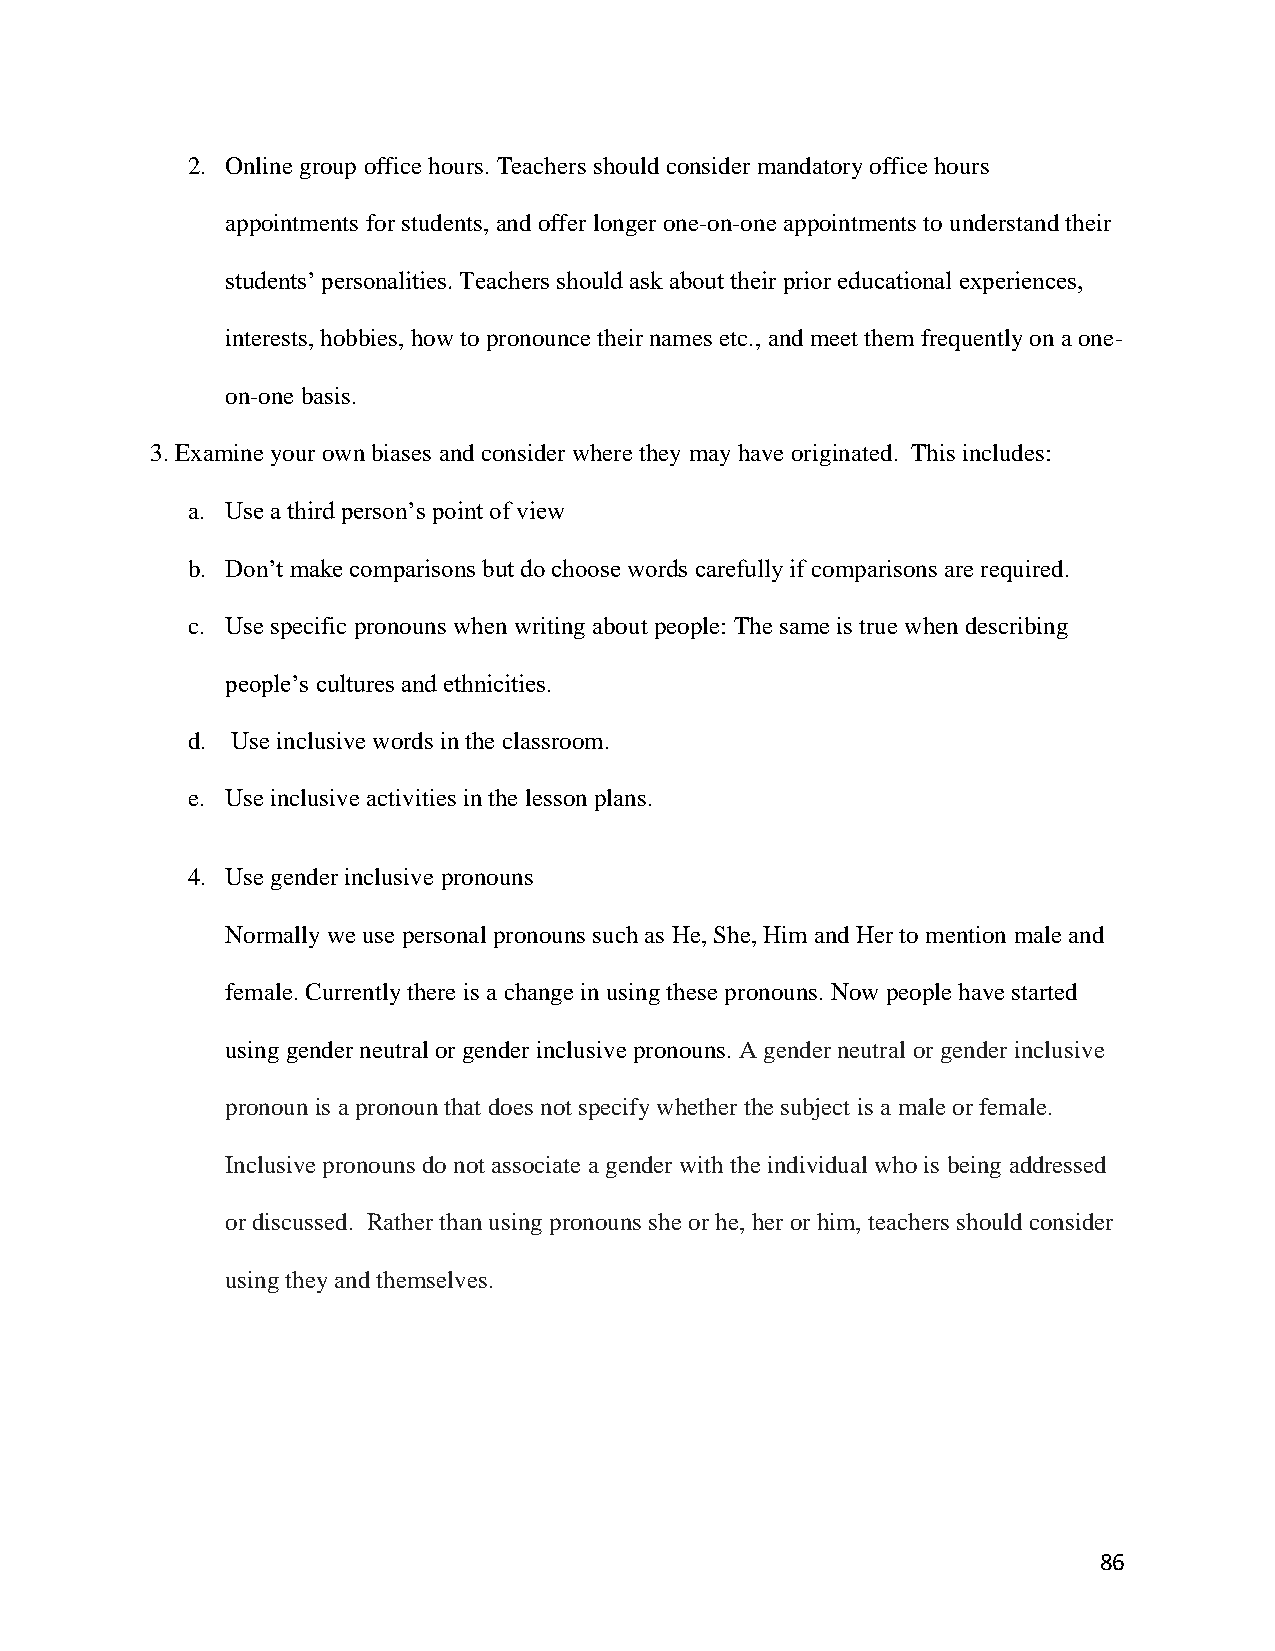
2. Online group office hours. Teachers should consider mandatory office hours
 appointments for students, and offer longer one-on-one appointments to understand their
 students’ personalities. Teachers should ask about their prior educational experiences,
 interests, hobbies, how to pronounce their names etc., and meet them frequently on a one-
 on-one basis.
 3. Examine your own biases and consider where they may have originated. This includes:
 a. Use a third person’s point of view
 b. Don’t make comparisons but do choose words carefully if comparisons are required.
 c. Use specific pronouns when writing about people: The same is true when describing
 people’s cultures and ethnicities.
 d. Use inclusive words in the classroom.
 e. Use inclusive activities in the lesson plans.
 4. Use gender inclusive pronouns
 Normally we use personal pronouns such as He, She, Him and Her to mention male and
 female. Currently there is a change in using these pronouns. Now people have started
 using gender neutral or gender inclusive pronouns. A gender neutral or gender inclusive
 pronoun is a pronoun that does not specify whether the subject is a male or female.
 Inclusive pronouns do not associate a gender with the individual who is being addressed
 or discussed. Rather than using pronouns she or he, her or him, teachers should consider
 using they and themselves.
 86